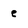
Character: e